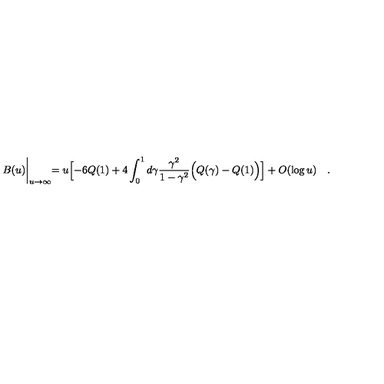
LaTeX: B ( u ) \biggl | _ { u \to \infty } = u \Bigl [ - 6 Q ( 1 ) + 4 \int _ { 0 } ^ { 1 } d \gamma \frac { \gamma ^ { 2 } } { 1 - \gamma ^ { 2 } } \Bigl ( Q ( \gamma ) - Q ( 1 ) \Bigr ) \Bigr ] + O ( \log u ) \quad .